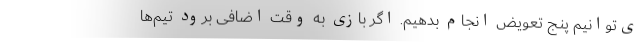
ی‌توانیم پنج تعویض انجام بدهیم. اگر بازی به وقت اضافی برود تیم‌ها